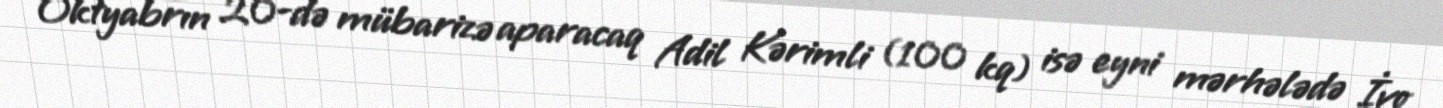
Oktyabrın 20-də mübarizə aparacaq Adil Kərimli (100 kq) isə eyni mərhələdə İvo